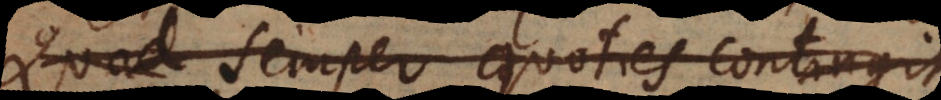
Quod semper quoties contingit